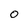
Character: 0